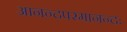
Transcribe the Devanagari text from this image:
आनन्दपरमानन्दः